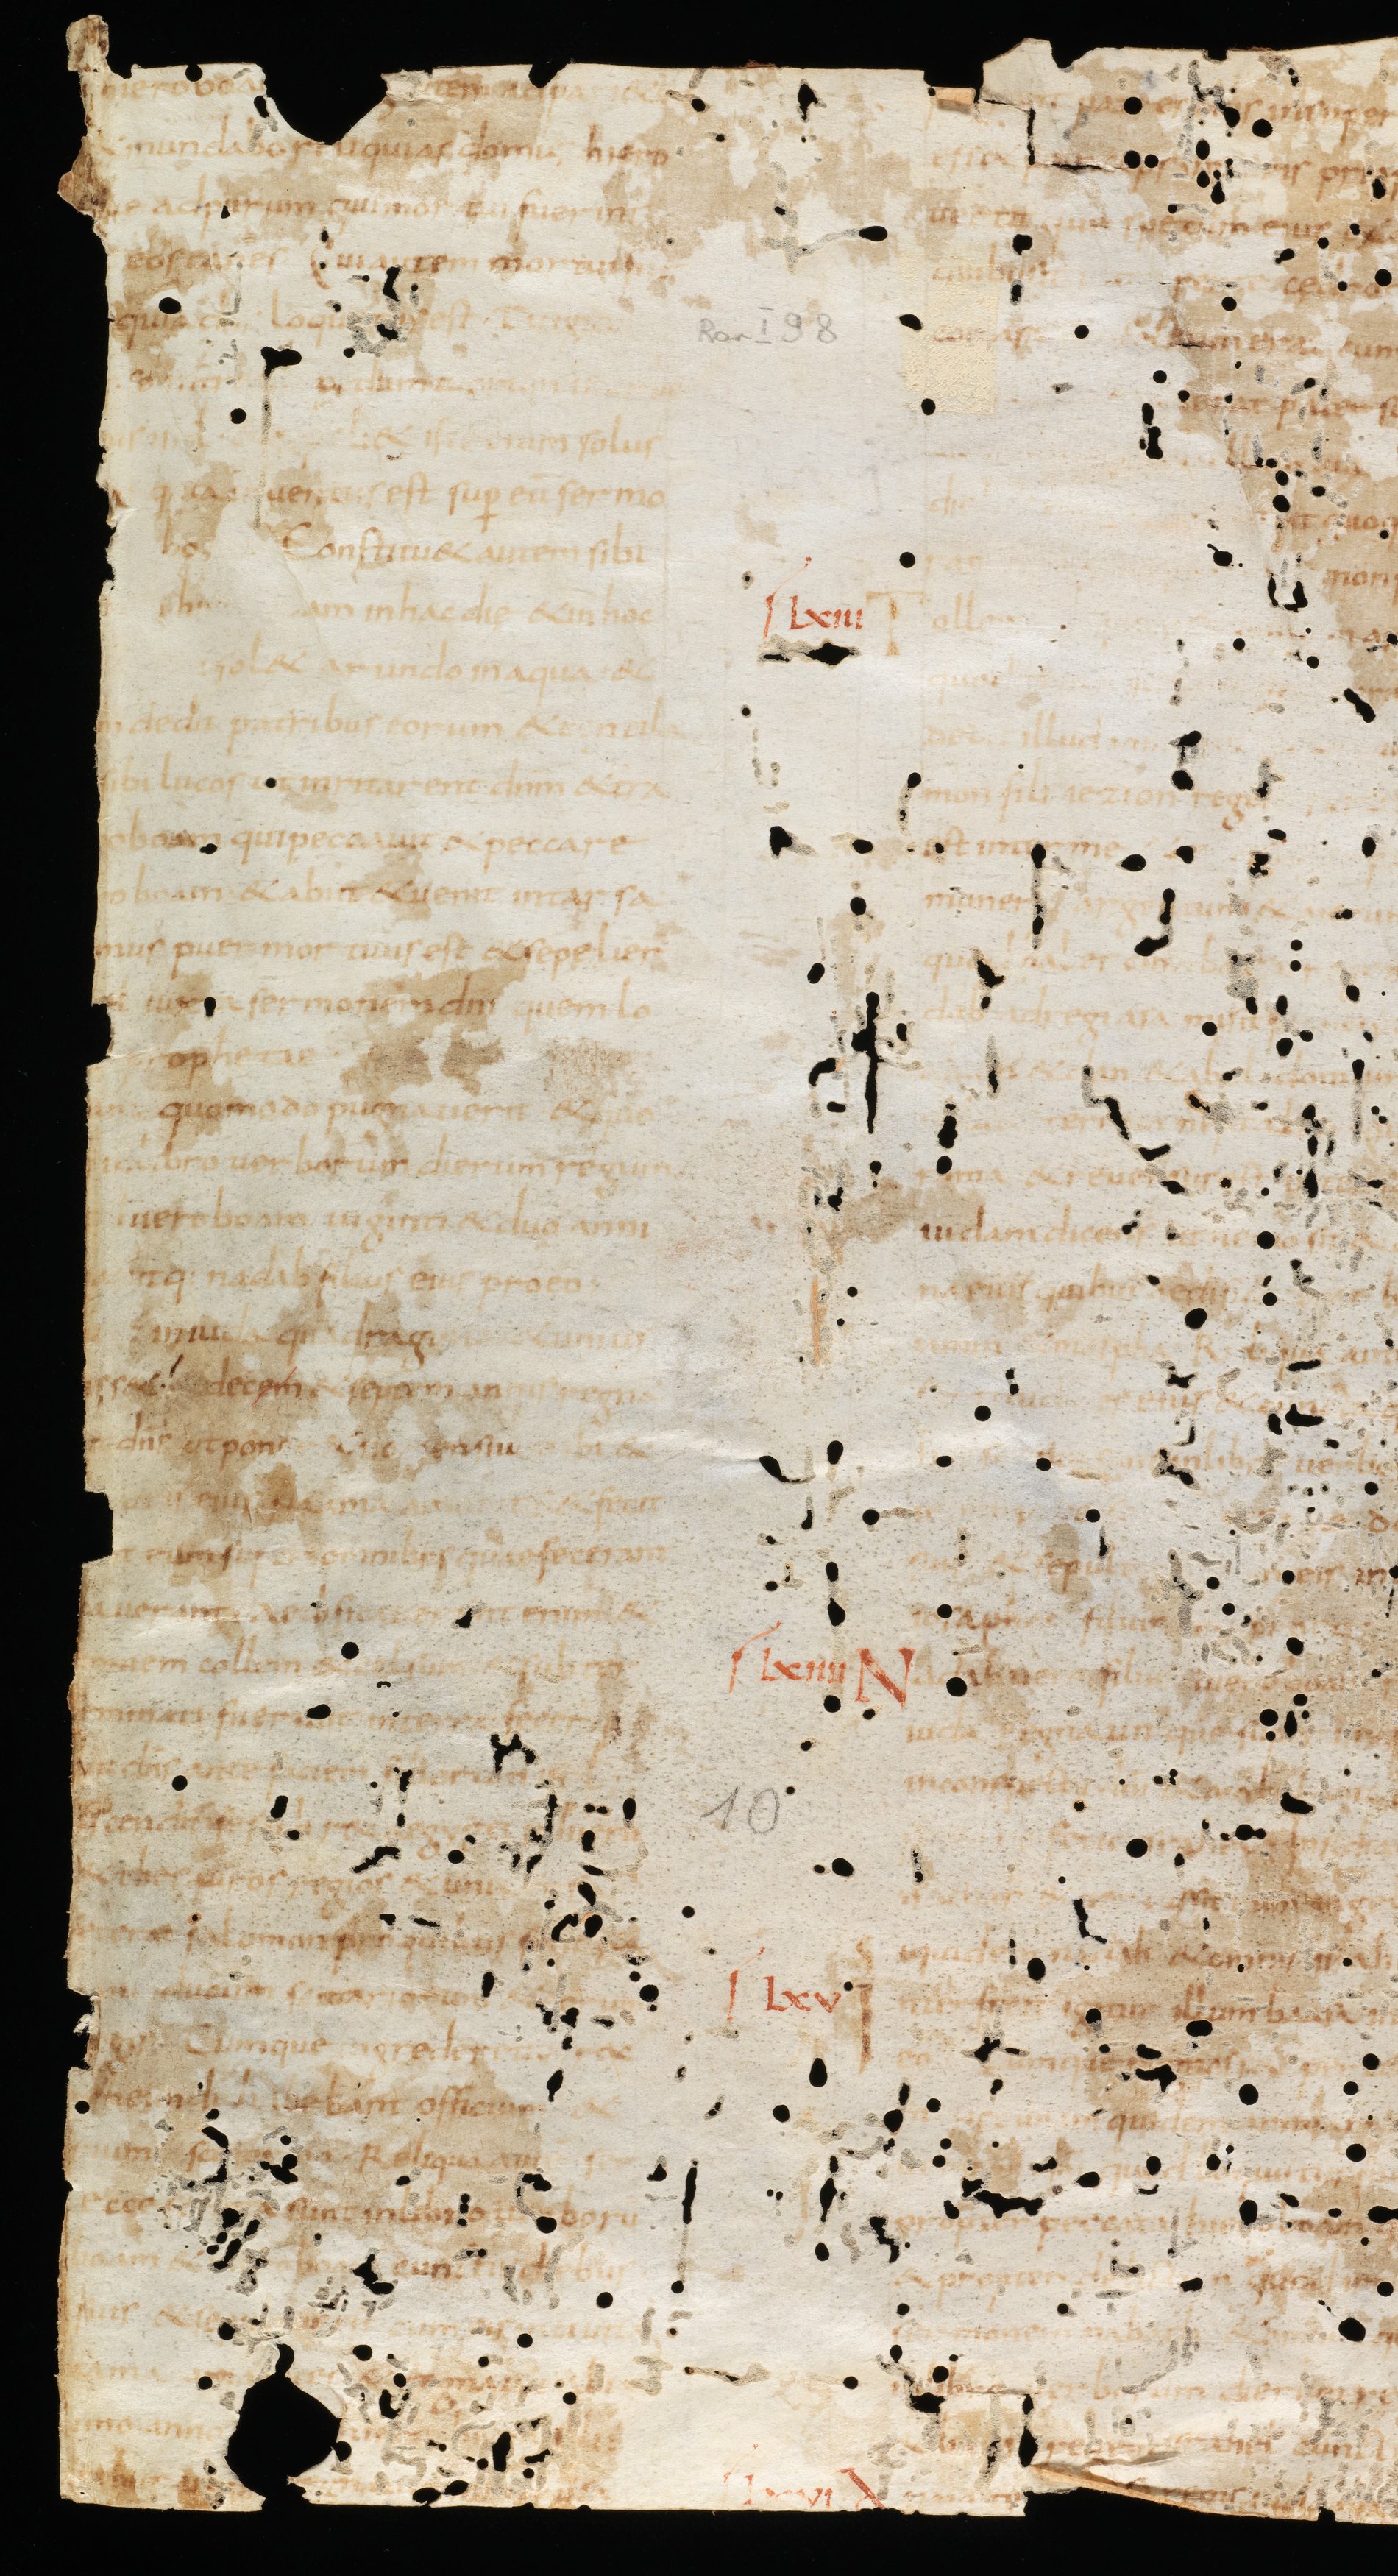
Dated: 835–865